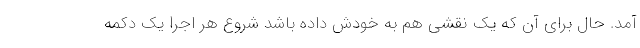
آمد. حال برای آن که یک نقشی هم به خودش داده باشد شروع هر اجرا یک دکمه